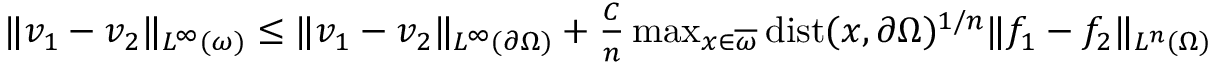
\begin{array} { r } { \| v _ { 1 } - v _ { 2 } \| _ { L ^ { \infty } ( \omega ) } \leq \| v _ { 1 } - v _ { 2 } \| _ { L ^ { \infty } ( \partial \Omega ) } + \frac { C } { n } \operatorname* { m a x } _ { x \in \overline { { \omega } } } \mathrm { d i s t } ( x , \partial \Omega ) ^ { 1 / n } \| f _ { 1 } - f _ { 2 } \| _ { L ^ { n } ( \Omega ) } } \end{array}